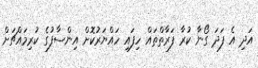
އަދި އެ ފަދަ ގޯނާ ކުރާ ފަރާތްތައް ހިފައި ހައްޔަރުކޮށް އިންސާފުގެ ކުރިމައްޗަށް